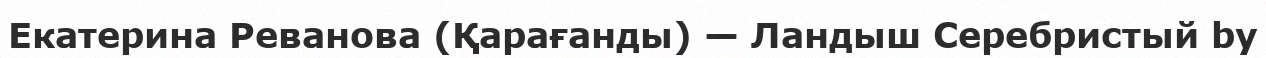
Екатерина Реванова (Қарағанды) — Ландыш Серебристый by